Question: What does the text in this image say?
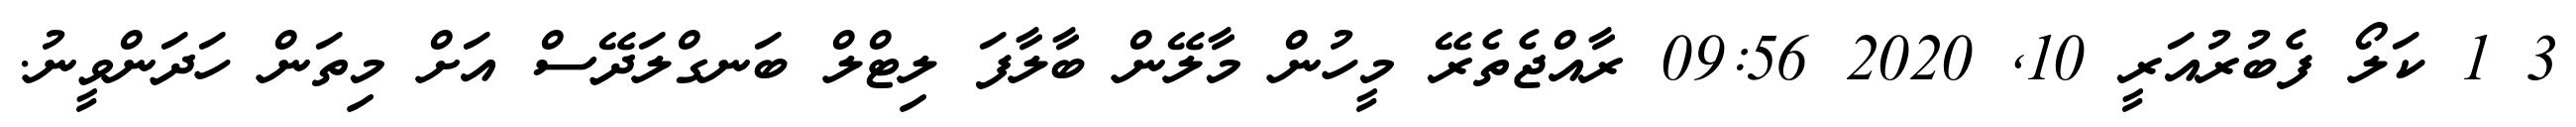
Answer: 3 1 ކަލޯ ފެބުރުއަރީ 10, 2020 09:56 ރާއްޖެތެރޭ މީހުން މާލޭން ބާލާފަ ލިޓްލް ބަނގްލަދޭސް އަށް މިތަން ހަދަންވީނު.